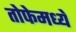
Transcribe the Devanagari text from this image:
तोफेमध्ये